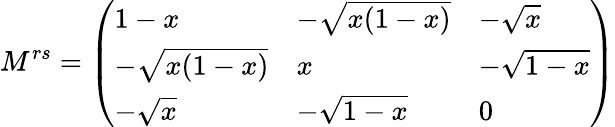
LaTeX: M^{rs}=\left(\begin{array}{lll}{{1-x}}&{{-\sqrt{x(1-x)}}}&{{-\sqrt{x}}}\\ {{-\sqrt{x(1-x)}}}&{{x}}&{{-\sqrt{1-x}}}\\ {{-\sqrt{x}}}&{{-\sqrt{1-x}}}&{{0}}\end{array}\right)